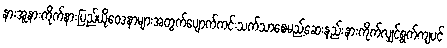
နားအူနားကိုက်နားပြည်ယိုဝေဒနာများအတွက်ပျောက်ကင်းသက်သာစေမည့်ဆေးနည်းနားကိုက်လျှင်ရွက်ကျပင်